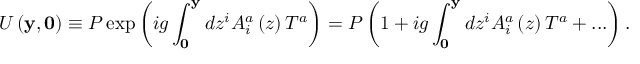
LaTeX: U \left( { { \bf y } , { \bf 0 } } \right) \equiv P \exp \left( { i g \int _ { \bf 0 } ^ { \bf y } { d z ^ { i } } A _ { i } ^ { a } \left( z \right) T ^ { a } } \right) = P \left( { 1 + i g \int _ { \bf 0 } ^ { \bf y } { d z ^ { i } } A _ { i } ^ { a } \left( z \right) T ^ { a } + . . . } \right) .